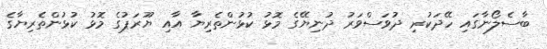
ބާސެލޯނާގައި ހޭދަކުރި ދުވަސްވަރު ދުނިޔޭގެ މޮޅު ކުޅުންތެރިޔާ އާއި ޔޫރަޕުގެ މޮޅު ކުޅުންތެރިޔާގެ